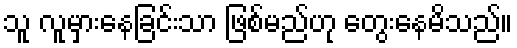
သူ လူမှားနေခြင်းသာ ဖြစ်မည်ဟု တွေးနေမိသည်။